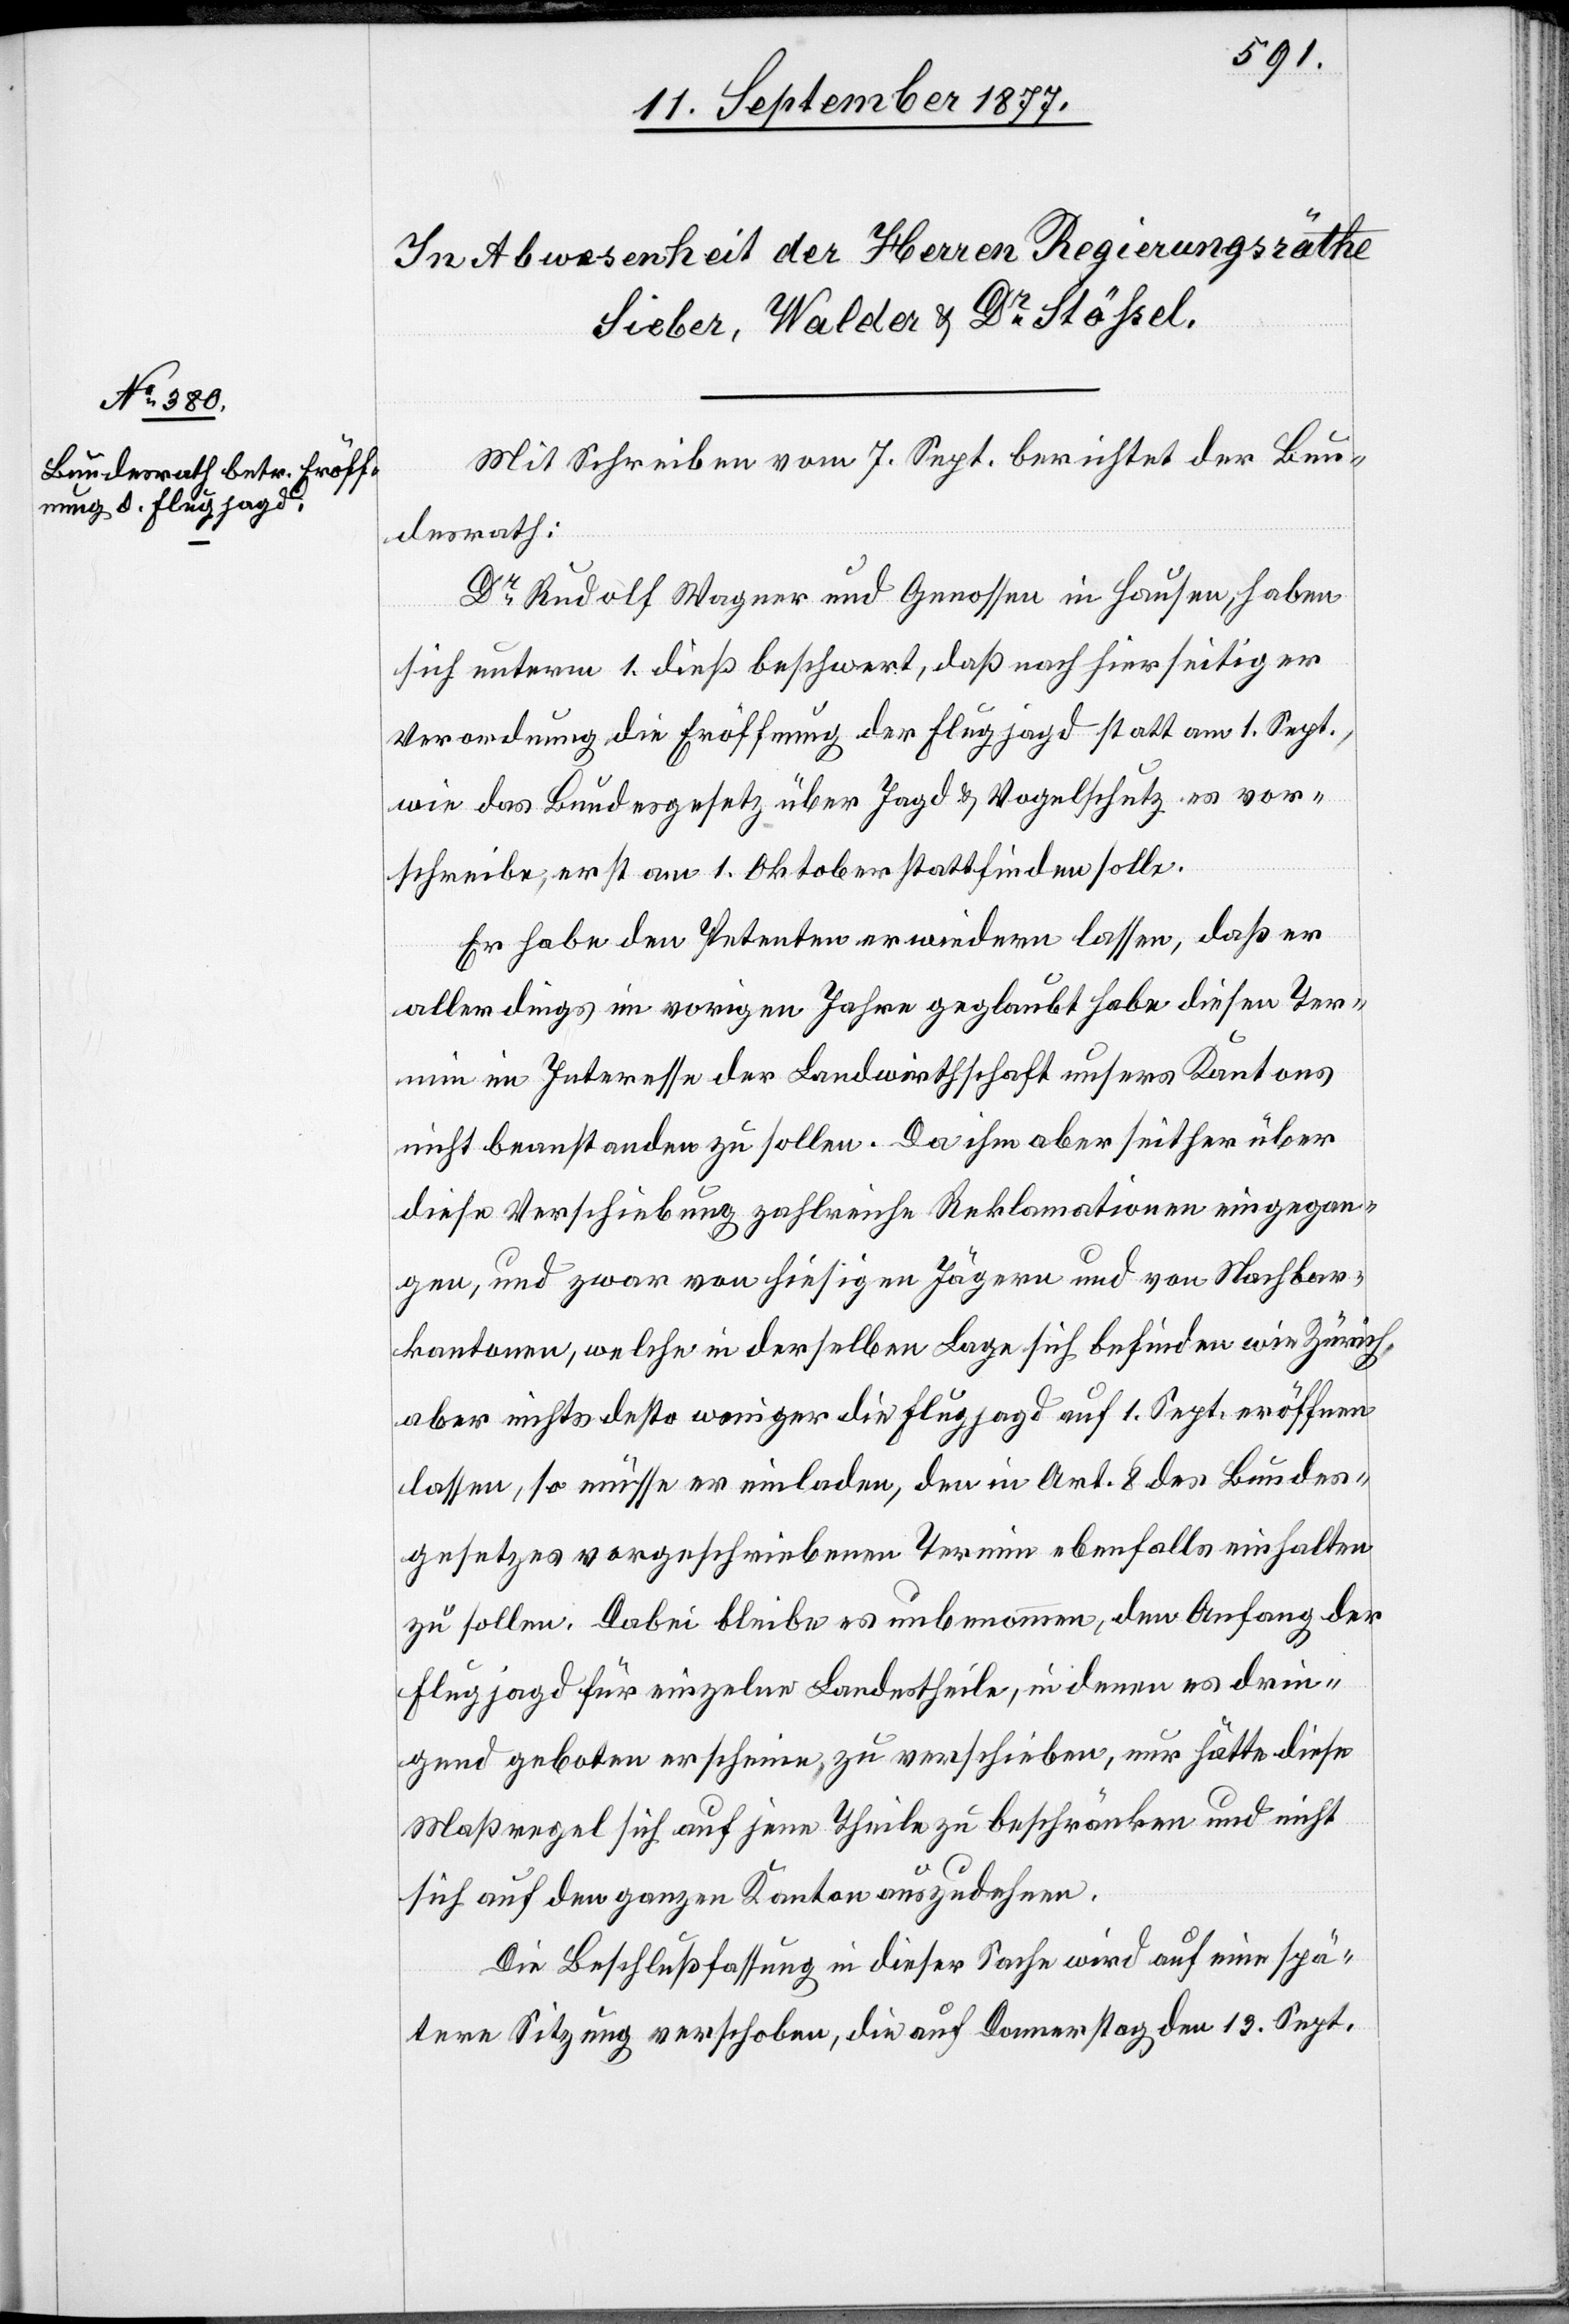
Mit Schreiben vom 7. Sept. berichtet der Bun¬
desrath:
Dr Rudolf Wagner und Genossen in Hausen, haben
sich unterm 1. dieß beschwert, daß nach hierseitiger
Verordnung die Eröffnung der Flugjagd statt am 1. Sept.,
wie das Bundesgesetz über Jagd & Vogelschutz es vor¬
schreibe, erst am 1. Oktober stattfinden solle.
Er habe den Petenten erwiedern lassen, daß er
allerdings im vorigen Jahre geglaubt habe diesen Ter¬
min im Interesse der Landwirthschaft unsers Kantons
nicht beanstanden zu sollen. Da ihm aber seither über
diese Verschiebung zahlreiche Reklamationen eingegan¬
gen, und zwar von hiesigen Jägern und von Nachbar¬
kantonen, welche in derselben Lage sich befinden wie Zürich,
aber nichts desto weniger die Flugjagd auf 1. Sept. eröffnen
lassen, so müsse er einladen, den in Art. 8 des Bundes¬
gesetzes vorgeschriebenen Termin ebenfalls einhalten
zu sollen. Dabei bleibe es unbenommen, den Anfang der
Flugjagd für einzelne Landestheile, in denen es drin¬
gend geboten erscheine, zu verschieben, nur hätte diese
Maßregel sich auf jene Theile zu beschränken und nicht
sich auf den ganzen Kanton auszudehnen.
Die Beschlußfassung in dieser Sache wird auf eine spä¬
tere Sitzung verschoben, die auf Donnerstag den 13. Sept.